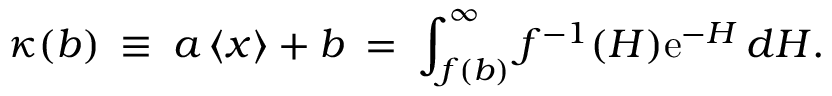
\kappa ( b ) \: \equiv \: a \left\langle { x } \right\rangle + b \: = \: \int _ { f ( b ) } ^ { \infty } f ^ { - 1 } ( H ) \mathrm { e } ^ { - H } \, d H .